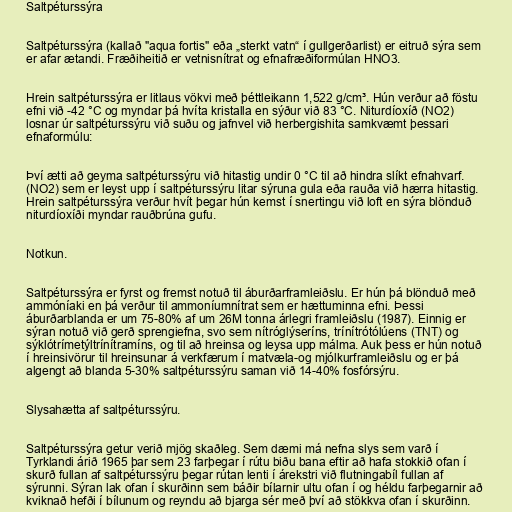
Saltpéturssýra

Saltpéturssýra (kallað "aqua fortis" eða „sterkt vatn“ í gullgerðarlist) er eitruð sýra sem
er afar ætandi. Fræðiheitið er vetnisnítrat og efnafræðiformúlan HNO3.

Hrein saltpéturssýra er litlaus vökvi með þéttleikann 1,522 g/cm³. Hún verður að föstu
efni við -42 °C og myndar þá hvíta kristalla en sýður við 83 °C. Niturdíoxíð (NO2)
losnar úr saltpéturssýru við suðu og jafnvel við herbergishita samkvæmt þessari
efnaformúlu:

Því ætti að geyma saltpéturssýru við hitastig undir 0 °C til að hindra slíkt efnahvarf.
(NO2) sem er leyst upp í saltpéturssýru litar sýruna gula eða rauða við hærra hitastig.
Hrein saltpéturssýra verður hvít þegar hún kemst í snertingu við loft en sýra blönduð
niturdíoxíði myndar rauðbrúna gufu.

Notkun.

Saltpéturssýra er fyrst og fremst notuð til áburðarframleiðslu. Er hún þá blönduð með
ammóníaki en þá verður til ammoníumnítrat sem er hættuminna efni. Þessi
áburðarblanda er um 75-80% af um 26M tonna árlegri framleiðslu (1987). Einnig er
sýran notuð við gerð sprengiefna, svo sem nítróglýseríns, trínítrótólúens (TNT) og
sýklótrímetýltrínítramíns, og til að hreinsa og leysa upp málma. Auk þess er hún notuð
í hreinsivörur til hreinsunar á verkfærum í matvæla-og mjólkurframleiðslu og er þá
algengt að blanda 5-30% saltpéturssýru saman við 14-40% fosfórsýru.

Slysahætta af saltpéturssýru.

Saltpéturssýra getur verið mjög skaðleg. Sem dæmi má nefna slys sem varð í
Tyrklandi árið 1965 þar sem 23 farþegar í rútu biðu bana eftir að hafa stokkið ofan í
skurð fullan af saltpéturssýru þegar rútan lenti í árekstri við flutningabíl fullan af
sýrunni. Sýran lak ofan í skurðinn sem báðir bílarnir ultu ofan í og héldu farþegarnir að
kviknað hefði í bílunum og reyndu að bjarga sér með því að stökkva ofan í skurðinn.